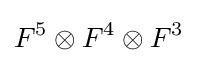
F^{5}\otimes F^{4}\otimes F^{3}